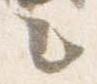
之